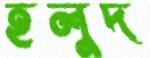
হলুদ